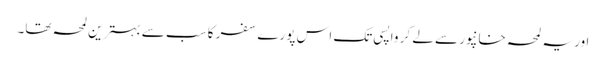
اور یہ لمحہ خانپور سے لے کر واپسی تک اس پورے سفر کا سب سے بہترین لمحہ تھا۔